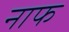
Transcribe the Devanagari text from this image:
नाफ